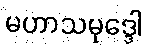
မဟာသမုဒ္ဒေါ